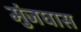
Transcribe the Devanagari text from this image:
मुंजघास